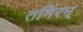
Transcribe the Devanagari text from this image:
तमिरम्